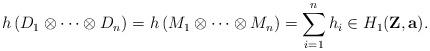
LaTeX: \begin{align*}h \left( D_1 \otimes \cdots \otimes D_n \right) = h \left( M_1 \otimes \cdots \otimes M_n \right)= \sum_{i=1}^n h_i \in H_1 ( {\bf Z}, {\bf a}).\end{align*}